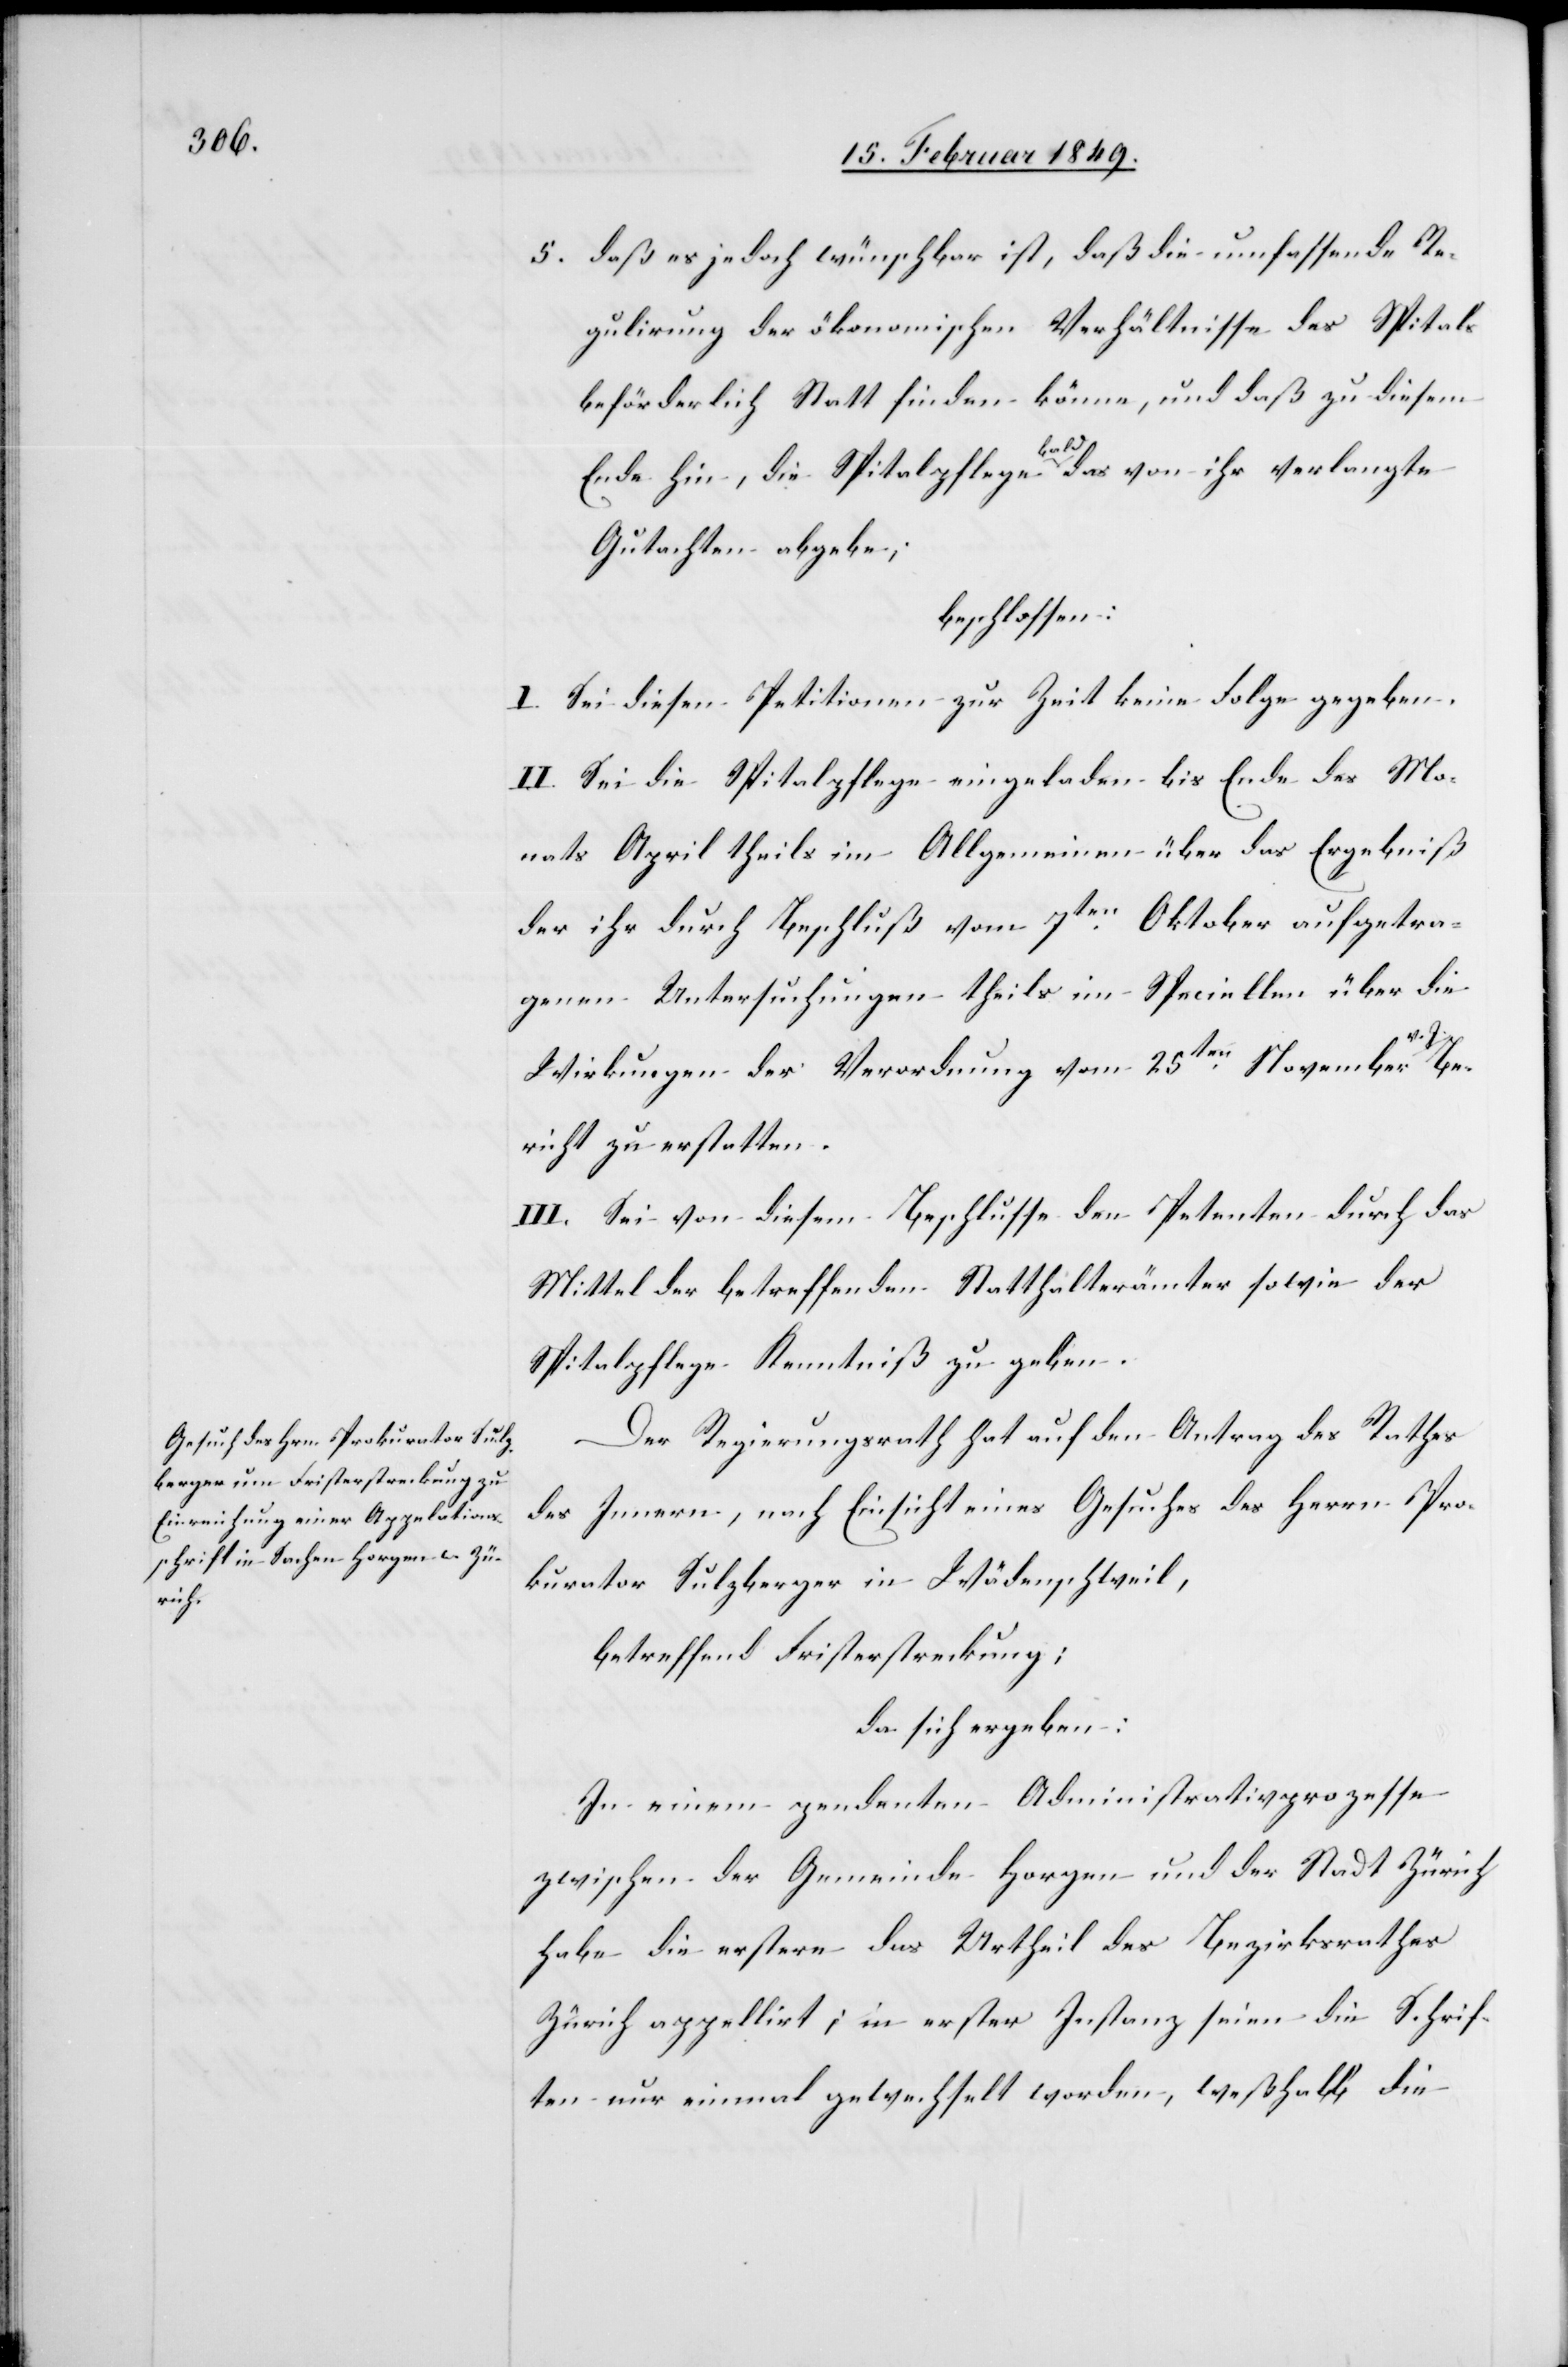
5. daß es jedoch wünschbar ist, daß die umfassende Re¬
gulirung der ökonomischen Verhältnisse des Spitals
beförderlich Statt finden könne, und daß zu diesem
Ende hin, die Spitalpflege bald das von ihr verlangte
Gutachten abgebe;
beschlossen:
I. Sei diesen Petitionen zur Zeit keine Folge gegeben.
II. Sei die Spitalpflege eingeladen bis Ende des Mo¬
nats April theils im Allgemeinen über das Ergebniß
der ihr durch Beschluß vom 7ten. Oktober aufgetra¬
genen Untersuchungen theils im Speciellen über die
Wirkungen der Verordnung vom 25ten. November v.
Bericht zu erstatten.
III. Sei von diesem Beschlusse den Petenten durch das
Mittel der betreffenden Statthalterämter sowie der
Spitalpflege Kenntniß zu geben.
Der Regierungsrath hat auf den Antrag des Rathes
des Innern, nach Einsicht eines Gesuches des Herrn Pro¬
kurator Sulzberger in Wädenschweil,
betreffend Fristerstreckung;
da sich ergeben:
In einem pendenten Administrativprozesse
zwischen der Gemeinde Horgen und der Stadt Zürich
habe die erstere das Urtheil des Bezirksrathes
Zürich appellirt; in erster Instanz seien die Schrif¬
ten nur einmal gewechselt worden, weßhalb die